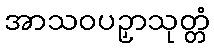
အာသဝပဉှာသုတ္တံ